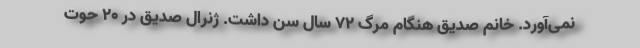
نمی‌آورد. خانم صدیق هنگام مرگ ۷۲ سال سن داشت. ژنرال صدیق در ۲۰ حوت